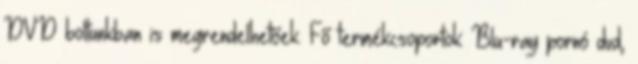
DVD boltunkban is megrendelhetőek. Fő termékcsoportok: Blu-ray pornó dvd,